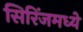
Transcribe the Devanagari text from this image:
सिरिंजमध्ये